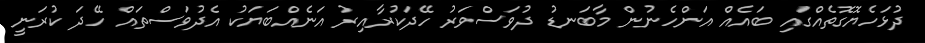
ދުޅަހެޔޮގޮތެއްގައި ބައެއް އަންހެނުން މާބަނޑު ދުވަސްވަރު ހޭދަކުރާއިރު އަނެއްބަޔަކު އެދުވަސްތައް ހޭދަ ކުރަނީ